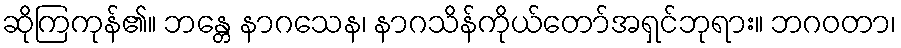
ဆိုကြကုန်၏။ ဘန္တေ နာဂသေန၊ နာဂသိန်ကိုယ်တော်အရှင်ဘုရား။ ဘဂဝတာ၊